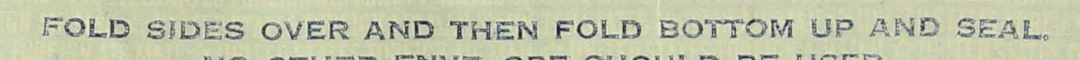
FOLD SIDES OVER AND THEN FOLD BOTTOM UP AND SEAL